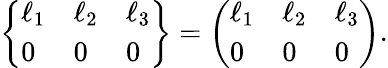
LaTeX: \left\{ \begin{array}{lll}{\ell_{1}}&{\ell_{2}}&{\ell_{3}}\\ {0}&{0}&{0}\end{array}\right\} =\left(\begin{array}{lll}{\ell_{1}}&{\ell_{2}}&{\ell_{3}}\\ {0}&{0}&{0}\end{array}\right).